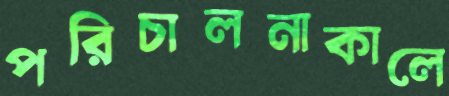
পরিচালনাকালে